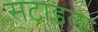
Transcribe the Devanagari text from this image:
सटाइल